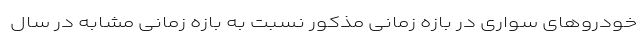
خودروهای سواری در بازه زمانی مذکور نسبت به بازه زمانی مشابه در سال